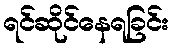
ရင်ဆိုင်နေရခြင်း